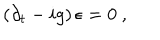
\left( \partial _ { t } - i g \right) \epsilon = 0 \ ,